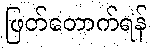
ဖြတ်တောက်ရန်